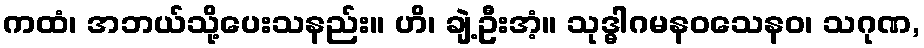
ကထံ၊ အဘယ်သို့ပေးသနည်း။ ဟိ၊ ချဲ့ဦးအံ့။ သုဒ္ဓါဂမနဝသေနဝ၊ သဂုဏ,